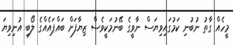
މީހެއް ގާތު ނުބުނި ކަމުގައިވިޔަސް ނާވީގެ ބޭނުމަކީވެސް ޒިޔާފަށް ބައްޕައެއްގެ ލޯބި އުނިވިޔަ